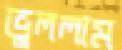
ভুললাম